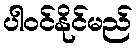
ပါဝင်နိုင်မည်